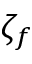
\zeta _ { f }